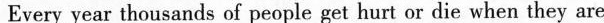
Every year thousands of people get hurt or die when they are